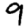
Digit: 9